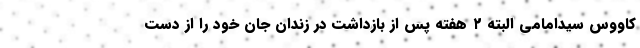
کاووس سیدامامی البته ۲ هفته پس از بازداشت در زندان جان خود را از دست